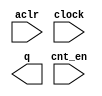
module coincidence_counter (
	aclr,
	clock,
	cnt_en,
	q);

	input	  aclr;
	input	  clock;
	input	  cnt_en;
	output	[21:0]  q;

endmodule